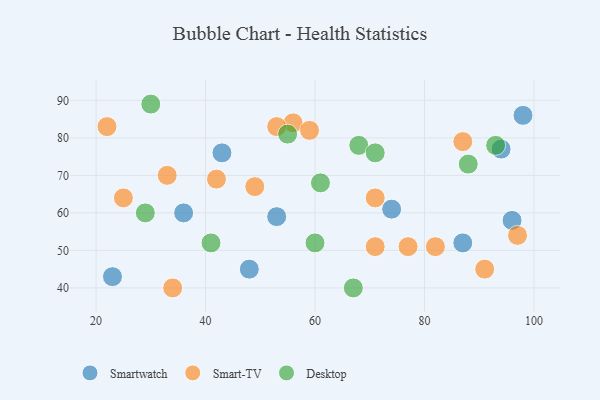
{"axis": {"x": "GDP", "y": "Life Expectancy"}, "legend": ["Desktop", "Smart-TV", "Smartwatch"], "data": [{"x": "98", "y": 86, "type": "Smartwatch"}, {"x": "94", "y": 77, "type": "Smartwatch"}, {"x": "48", "y": 45, "type": "Smartwatch"}, {"x": "36", "y": 60, "type": "Smartwatch"}, {"x": "87", "y": 52, "type": "Smartwatch"}, {"x": "53", "y": 59, "type": "Smartwatch"}, {"x": "23", "y": 43, "type": "Smartwatch"}, {"x": "96", "y": 58, "type": "Smartwatch"}, {"x": "74", "y": 61, "type": "Smartwatch"}, {"x": "43", "y": 76, "type": "Smartwatch"}, {"x": "91", "y": 45, "type": "Smart-TV"}, {"x": "56", "y": 84, "type": "Smart-TV"}, {"x": "34", "y": 40, "type": "Smart-TV"}, {"x": "59", "y": 82, "type": "Smart-TV"}, {"x": "87", "y": 79, "type": "Smart-TV"}, {"x": "49", "y": 67, "type": "Smart-TV"}, {"x": "53", "y": 83, "type": "Smart-TV"}, {"x": "82", "y": 51, "type": "Smart-TV"}, {"x": "97", "y": 54, "type": "Smart-TV"}, {"x": "33", "y": 70, "type": "Smart-TV"}, {"x": "71", "y": 51, "type": "Smart-TV"}, {"x": "71", "y": 64, "type": "Smart-TV"}, {"x": "25", "y": 64, "type": "Smart-TV"}, {"x": "42", "y": 69, "type": "Smart-TV"}, {"x": "22", "y": 83, "type": "Smart-TV"}, {"x": "77", "y": 51, "type": "Smart-TV"}, {"x": "68", "y": 78, "type": "Desktop"}, {"x": "29", "y": 60, "type": "Desktop"}, {"x": "93", "y": 78, "type": "Desktop"}, {"x": "67", "y": 40, "type": "Desktop"}, {"x": "61", "y": 68, "type": "Desktop"}, {"x": "41", "y": 52, "type": "Desktop"}, {"x": "60", "y": 52, "type": "Desktop"}, {"x": "55", "y": 81, "type": "Desktop"}, {"x": "88", "y": 73, "type": "Desktop"}, {"x": "71", "y": 76, "type": "Desktop"}, {"x": "30", "y": 89, "type": "Desktop"}]}